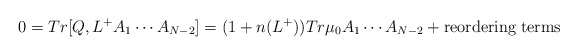
\begin{align*}0 = Tr [Q, L^+ A_1 \cdots A_{N-2}]= (1+n(L^+)) Tr \mu_0 A_1 \cdots A_{N-2} +{\rm reordering \; terms }\end{align*}